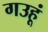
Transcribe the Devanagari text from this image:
गउहूं